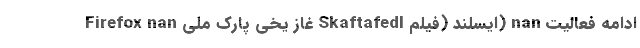
Firefox nan غاز یخی پارک ملی Skaftafedl ایسلند (فیلم) nan ادامه فعالیت